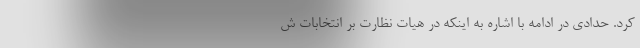
کرد. حدادی در ادامه با اشاره به اینکه در هیات نظارت بر انتخابات ش